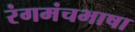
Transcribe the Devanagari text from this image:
रंगमंचभाषा